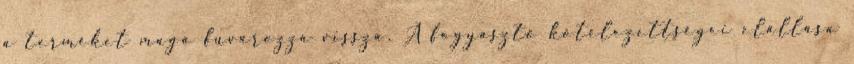
a terméket maga fuvarozza vissza. A fogyasztó kötelezettségei elállása